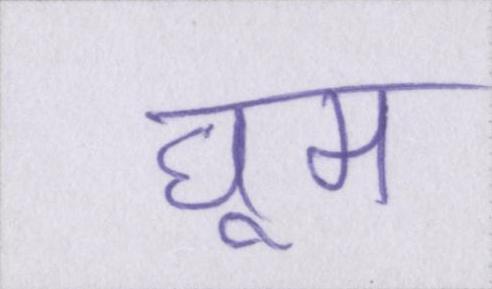
घूम